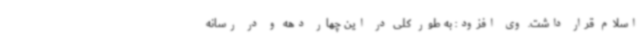
اسلام قرار داشت. وی افزود: به طور کلی در این چهار دهه و در رسانه